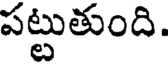
పట్టుతుంది.